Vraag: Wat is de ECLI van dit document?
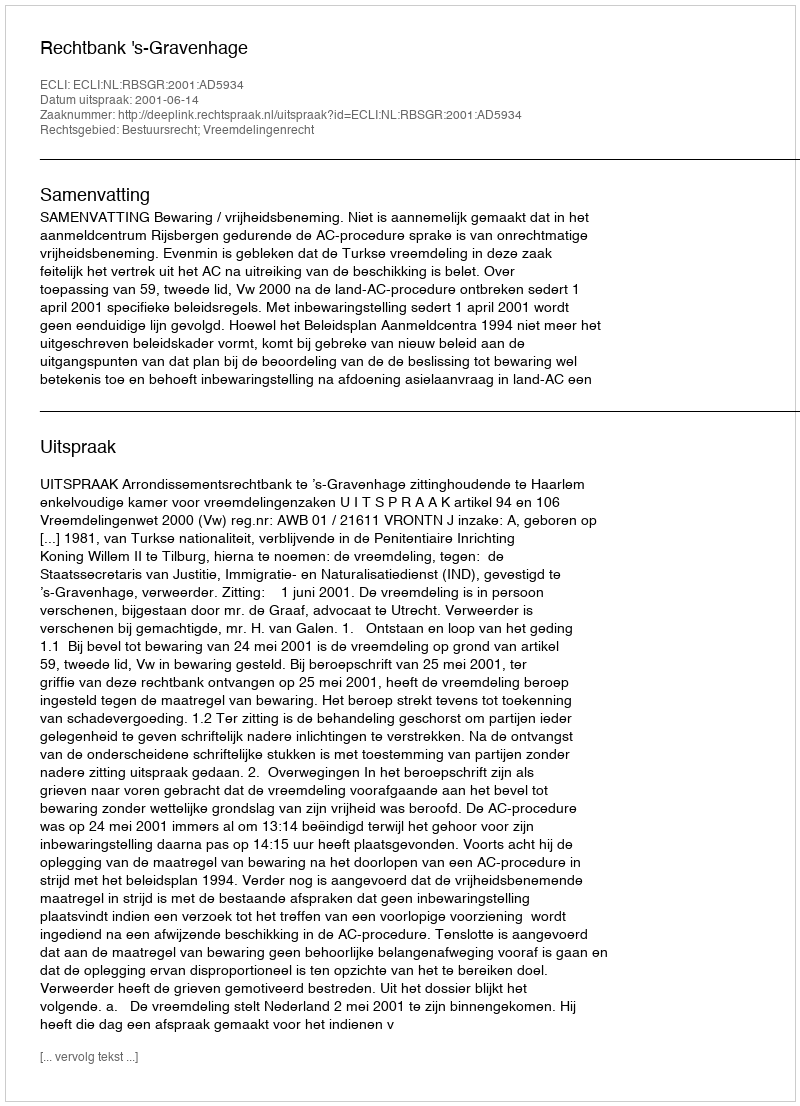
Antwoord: ECLI:NL:RBSGR:2001:AD5934